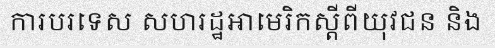
ការបរទេស សហរដ្ឋអាមេរិកស្តីពីយុវជន និង